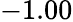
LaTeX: -1.00